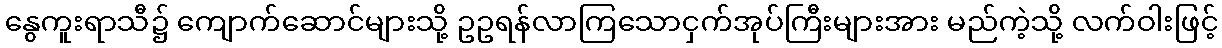
နွေကူးရာသီ၌ ကျောက်ဆောင်များသို့ ဥဥရန်လာကြသောငှက်အုပ်ကြီးများအား မည်ကဲ့သို့ လက်ဝါးဖြင့်